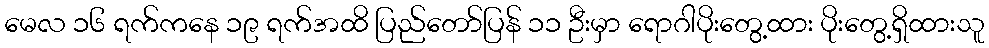
မေလ ၁၆ ရက်ကနေ ၁၉ ရက်အထိ ပြည်တော်ပြန် ၁၁ ဦးမှာ ရောဂါပိုးတွေ့ထား ပိုးတွေ့ရှိထားသူ